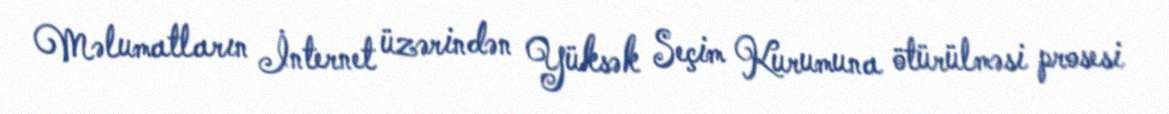
Məlumatların İnternet üzərindən Yüksək Seçim Kurumuna ötürülməsi prosesi